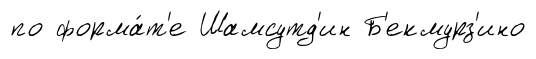
по форма́т'е Шамсутд'ин Б'екмурз'ино